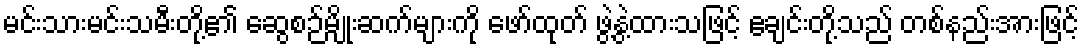
မင်းသားမင်းသမီးတို့၏ ဆွေစဉ်မျိုးဆက်များကို ဖော်ထုတ် ဖွဲ့နွဲ့ထားသဖြင့် ဧချင်းတို့သည် တစ်နည်းအားဖြင့်